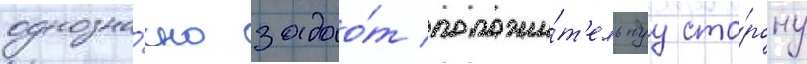
однозна́чно задао́т положи́т'ельнуу сто́рону